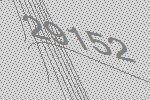
29152